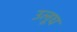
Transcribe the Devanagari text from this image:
उलूघ